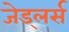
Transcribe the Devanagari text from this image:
जेड्लर्स